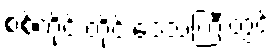
စစ်ကိုင်းတိုင်းဒေသကြီးတွင်